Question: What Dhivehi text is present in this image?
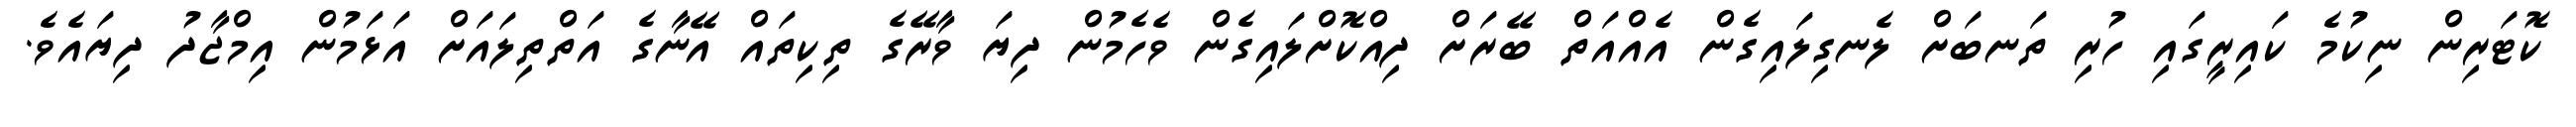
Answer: ކޮޓަރިން ނިކުމެ ކައިރީގައި ހުރި ތަނބަށް ލެނގިލައިގެން އެއްއަތް ބޭރަށް ދިއްކޮށްލައިގެން ވެހެމުން ދިޔަ ވާރޭގެ ތިކިތައް އޭނާގެ އަތްތިލައަށް އަޅަމުން އިމްޖާދު ދިޔައެވެ.